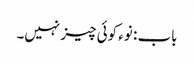
باب : نوء کوئی چیز نہیں۔